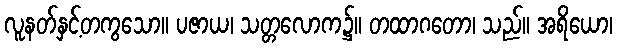
လူနတ်နှင့်တကွသော။ ပဇာယ၊ သတ္တလောက၌။ တထာဂတော၊ သည်။ အရိယော၊